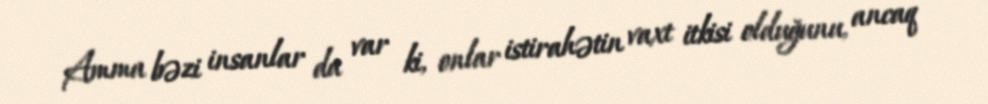
Amma bəzi insanlar da var ki, onlar istirahətin vaxt itkisi olduğunu, ancaq